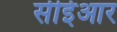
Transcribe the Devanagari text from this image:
सीईआर